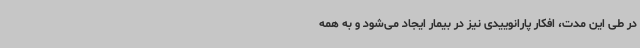
در طی این مدت، افکار پارانوییدی نیز در بیمار ایجاد می‌شود و به همه